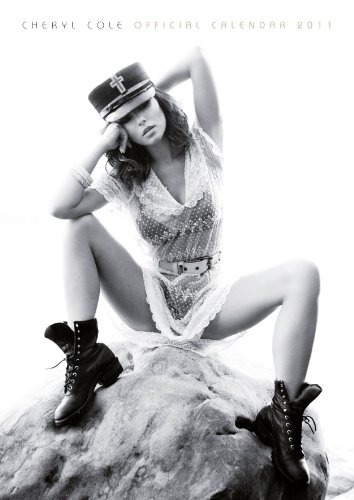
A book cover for The Official Cheryl Cole 2011 A3 Calendar; Calendars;